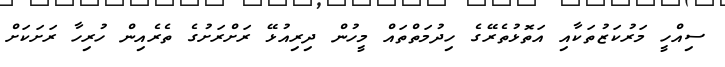
ސިއްހީ މަރުކަޒުތަކާއި އަތޮޅުތެރޭގެ ހިދުމަތްތައް މީހުން ދިރިއުޅޭ ރަށްރަށުގެ ތެރެއިން ހުރިހާ ރަށަކަށް